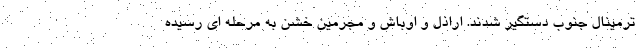
ترمینال جنوب دستگیر شدند. اراذل و اوباش و مجرمین خشن به مرحله ای رسیده